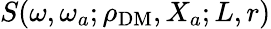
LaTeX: S(\omega,\omega_{a};\rho_{\mathrm{DM}},X_{a};L,r)